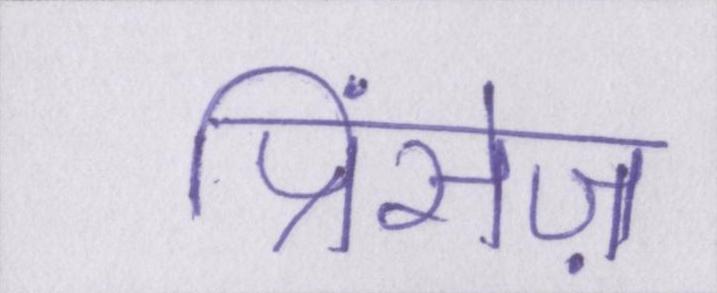
प्रिंसेज़